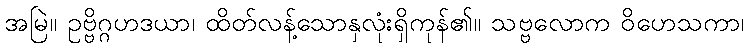
အမြဲ။ ဥဗ္ဗိဂ္ဂဟဒယာ၊ ထိတ်လန့်သောနှလုံးရှိကုန်၏။ သဗ္ဗလောက ဝိဟေသကာ၊